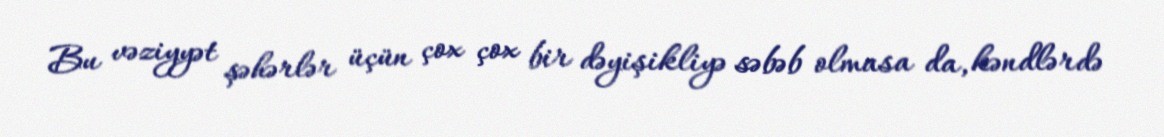
Bu vəziyyət şəhərlər üçün çox çox bir dəyişikliyə səbəb olmasa da, kəndlərdə